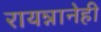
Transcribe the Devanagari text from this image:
रायन्नानेही